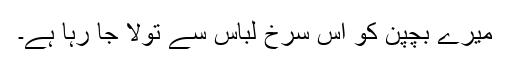
میرے بچپن کو اس سرخ لباس سے تولا جا رہا ہے۔